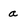
Character: a